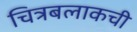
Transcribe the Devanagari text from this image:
चित्रबलाकची